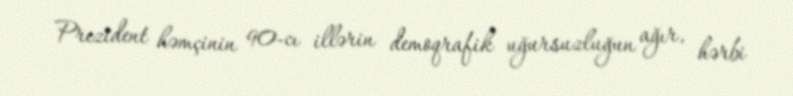
Prezident həmçinin 90-cı illərin demoqrafik uğursuzluğun ağır, hərbi